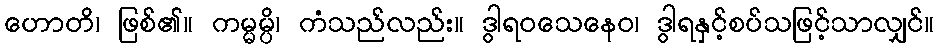
ဟောတိ၊ ဖြစ်၏။ ကမ္မမ္ပိ၊ ကံသည်လည်း။ ဒွါရဝသေနေဝ၊ ဒွါရနှင့်စပ်သဖြင့်သာလျှင်။